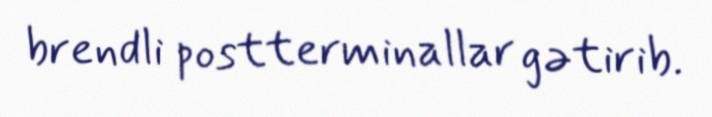
brendli postterminallar gətirib.